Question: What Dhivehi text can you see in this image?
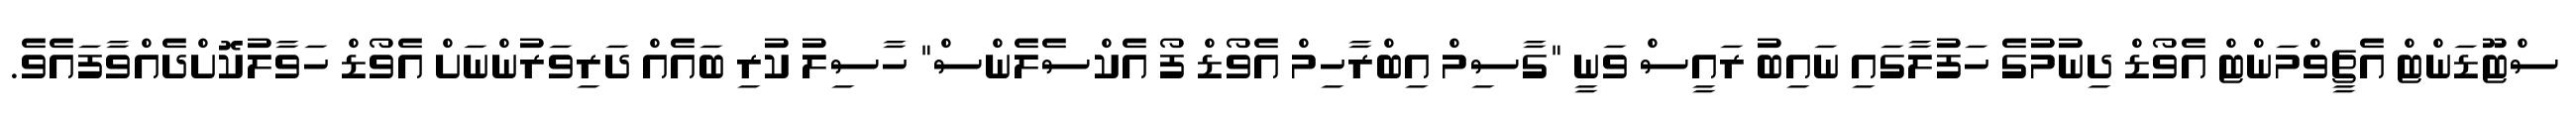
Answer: ސްޓޫޑަންޓް އެޗީވްމަންޓް އެވޯޑް ދިނުމުގެ ހަފުލާގައި ނައިބު ރައީސް ވަނީ "ގާސިމް އިބްރާހިމް އެވޯޑް ފޯ އެކްސެލެންސް" ހާސިލު ކުރި ބައެއް ދަރިވަރުންނަށް އެވޯޑް ހަވާލުކޮށްދެއްވާފައެވެ.